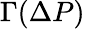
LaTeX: \Gamma(\Delta P)